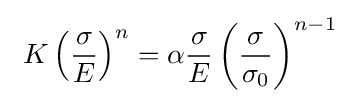
\ K\left({\frac {\sigma }{E}}\right)^{n}=\alpha {\frac {\sigma }{E}}\left({\frac {\sigma }{\sigma _{0}}}\right)^{n-1}